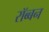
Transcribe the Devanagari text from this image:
रॉब्‍बन